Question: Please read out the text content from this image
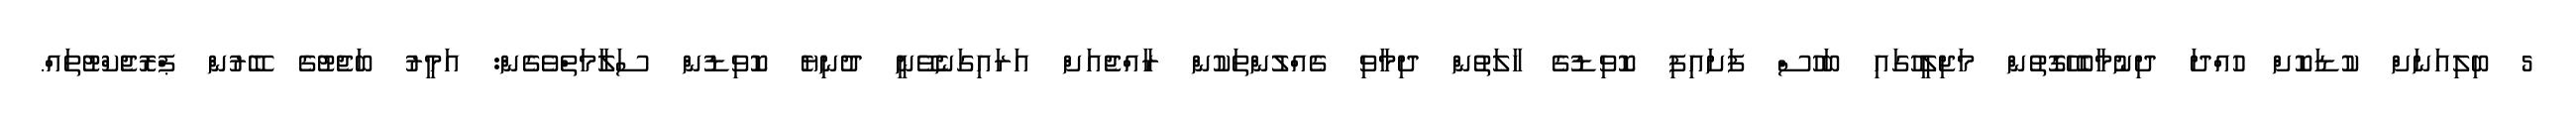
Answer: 5 ބިލިއަނަށް ކުޑަކޮށް ހުއްދަ ދިނުމާބެހޭގޮތުން މަޖިލީހުގައި ބަހުސް ފަށައިފި ކޮވިޑުގެ ހާލަތުން ދިމާވި ގެއްލުންތަކުން ރާއްޖެއަށް އަރައިގަނެވޭނީ ދުނިޔެ ކޮވިޑުން ސަލާމަތްވެގެން: އަމީރު ބަޖެޓުގެ ބޭރުން ޕްރޮޖެކްޓުތައް.